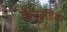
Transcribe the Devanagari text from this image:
कैबइंडिया